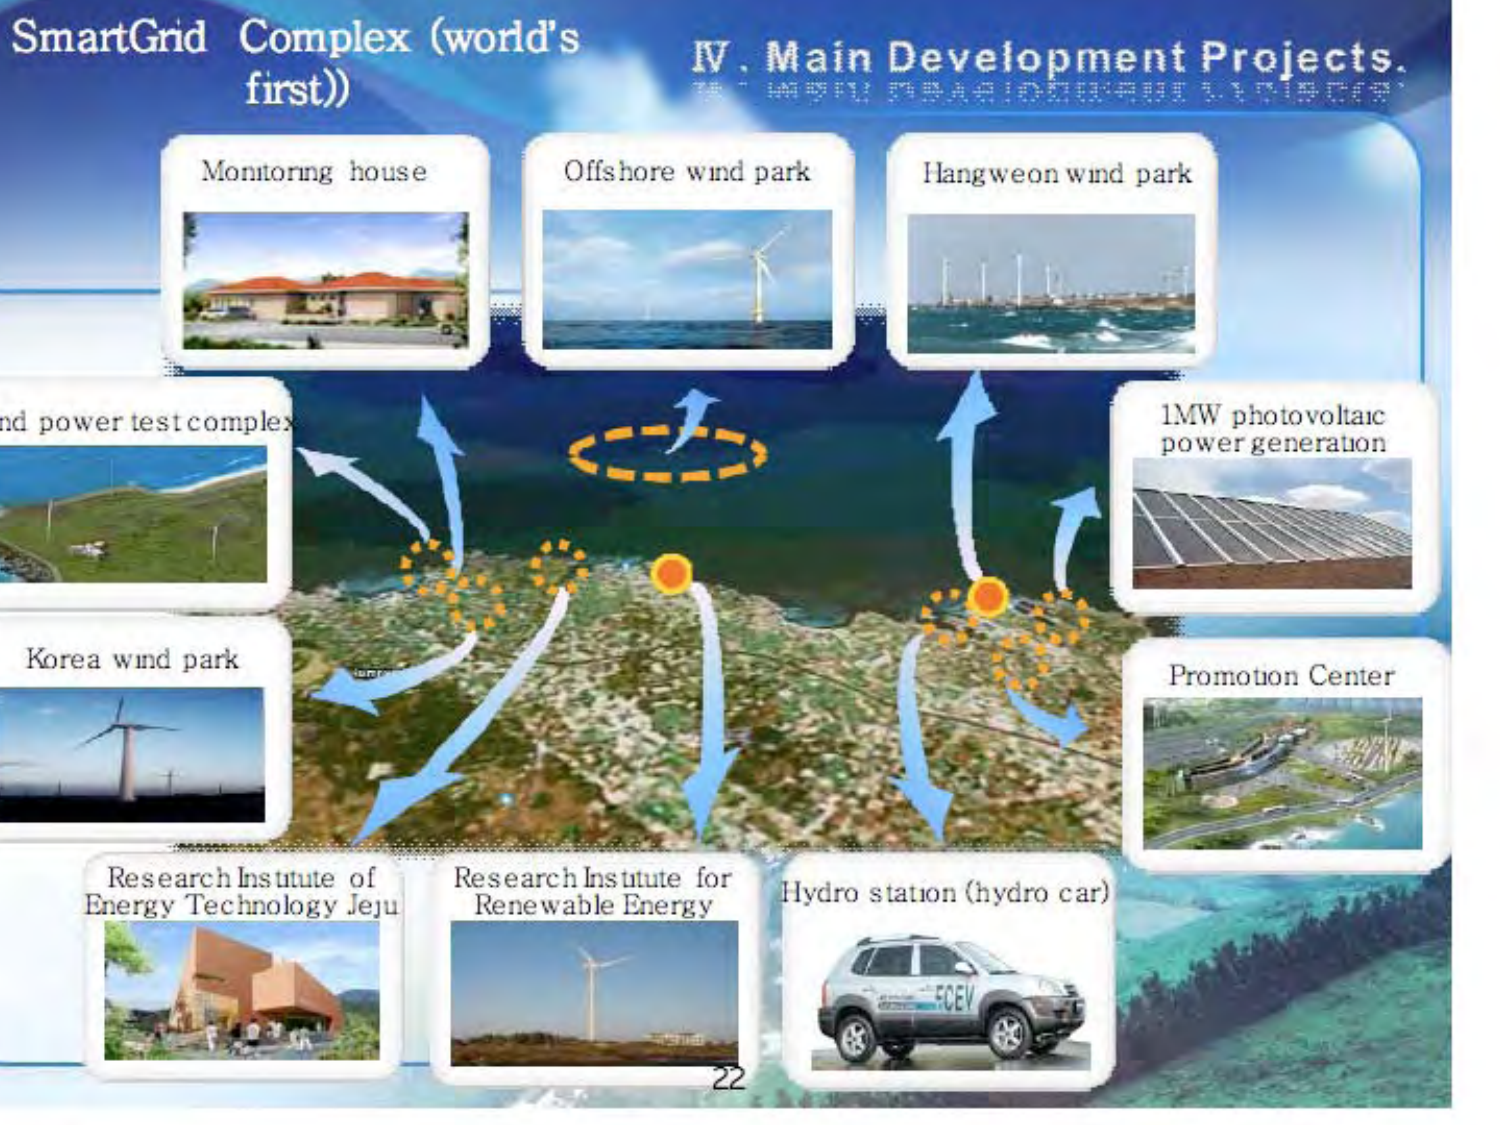
SmartGrid Complex (world's first))

IV. Main Development Projects.

Monitoring house
Offshore wind park
Hangweon wind park

nd power test complex
Korea wind park

1MW photovoltaic power generation
Promotion Center

Research Institute of Energy Technology Jeju
Research Institute for Renewable Energy
Hydro station (hydro car)

22